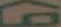
G